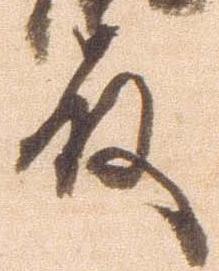
殿